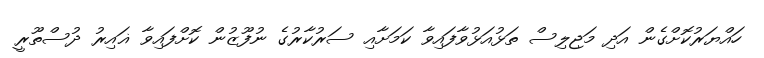
ހައްޔަރުކޮށްގެން އަދި މަޖިލިސް ތަޅުއަޅުވާފައިވާ ކަމަށާއި ސަރުކާރުގެ ނުފޫޒުން ކޮށްފައިވާ ޣައިރު ދުސްތޫރީ